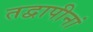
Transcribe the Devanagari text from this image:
तद्वापीनां